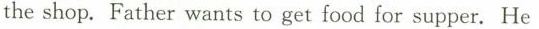
the shop. Father wants to get food for supper. He